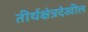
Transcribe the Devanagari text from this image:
तीर्थक्षेत्रदेखील